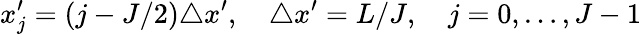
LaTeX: x_{j}^{\prime}=(j-J/2)\triangle x^{\prime},\quad\triangle x^{\prime}=L/J,\quad j=0,\dots,J-1